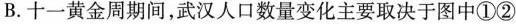
B.十一黄金周期间，武汉人口数量变化主要取决于图中①②